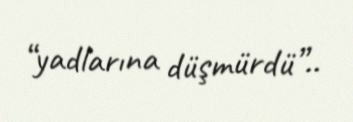
“yadlarına düşmürdü”..